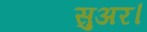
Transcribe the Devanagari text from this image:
सुअर।